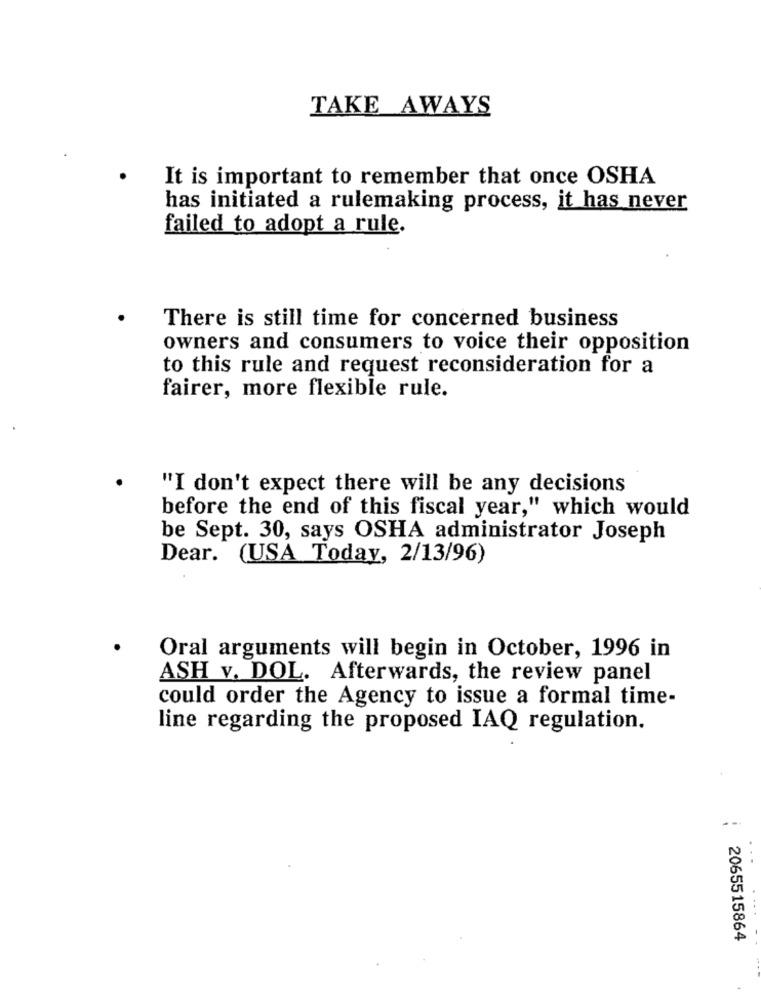
TAKE AWAYS
It is important to remember that once OSHA
has initiated a rulemaking process, it has never
failed to adopt a rule.
There is still time for concerned business
owners and consumers to voice their opposition
to this rule and request reconsideration for a
fairer, more flexible rule.
"I don't expect there will be any decisions
before the end of this fiscal year," which would
be Sept. 30, says OSHA administrator Joseph
Dear. (USA Today, 2/13/96)
Oral arguments will begin in October, 1996 in
ASH v. DOL. Afterwards, the review panel
could order the Agency to issue a formal time-
line regarding the proposed IAQ regulation.
: 2065515864